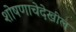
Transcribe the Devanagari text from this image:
शोषणाचेदेखील